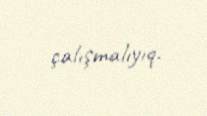
çalışmalıyıq.